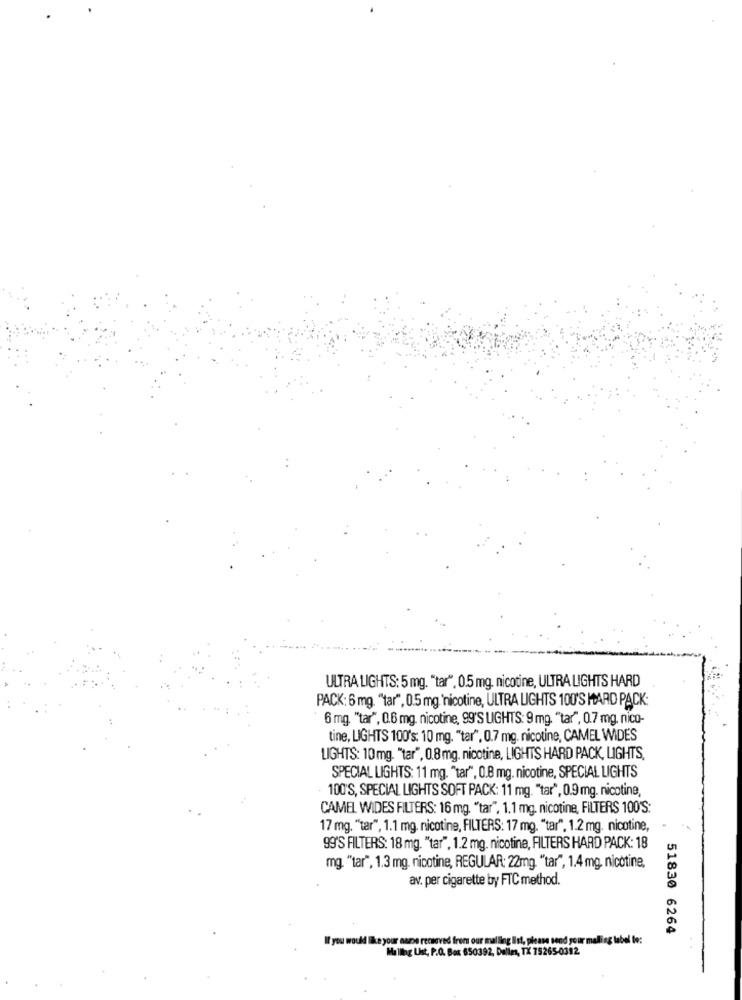
ULTRA LIGHTS: 5 mg. "tar", 0.5 mg. nicotine, ULTRA LIGHTS HARD
PACK: 6 mg. "tar", 0.5 mg 'nicotine, ULTRA LIGHTS 100'S MARD PACK:
6 mg. "tar", 0.6 mg. nicotine, 99'S LIGHTS: 9 mg. "tar", 0.7 mg, nico-
tine, LIGHTS 100's: 10 mg. "tar", 0.7 mg. nicotine, CAMEL WIDES
LIGHTS: 10mg. "tar", 0.8mg. nicotine, LIGHTS HARD PACK, LIGHTS,
SPECIAL LIGHTS: 11 mg. "tar", 0.8 mg. nicotine, SPECIAL LIGHTS
· 100'S, SPECIAL LIGHTS SOFT PACK: 11 mg. "tar", 0.9 mg. nicotine,
CAMEL WIDES FILTERS: 16 mg. "tar", 1.1 mg. nicotine, FILTERS 100'S:
17 mg. "tar", 1.1 mg. nicotine, FILTERS: 17 mg. "tar". 1.2 mg. nicotine,
99'S FILTERS: 18 mg. "tar", 1.2 mg. nicotine, FILTERS HARD PACK: 18
mg. "tar", 1.3 mg. nicotine, REGULAR: 22mg. "tar", 1.4 mg, nicotine,
av. per cigarette by FTC method.
51830 6264
If you would like your nazse recseved from our malling Ist, please send your malling label to:
Halling Ust, P.O. Box 650392, Dallas, TX 75265-0312